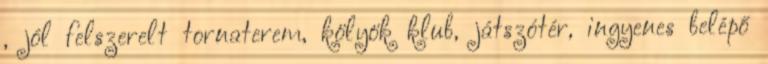
, jól felszerelt tornaterem, kölyök klub, játszótér, ingyenes belépő